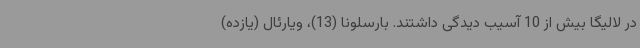
در لالیگا بیش از 10 آسیب دیدگی داشتند. بارسلونا (13)، ویارئال (یازده)